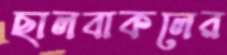
ছালবাকলের